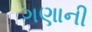
ગણાની